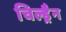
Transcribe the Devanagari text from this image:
चिल्ड्रैन